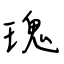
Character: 瑰